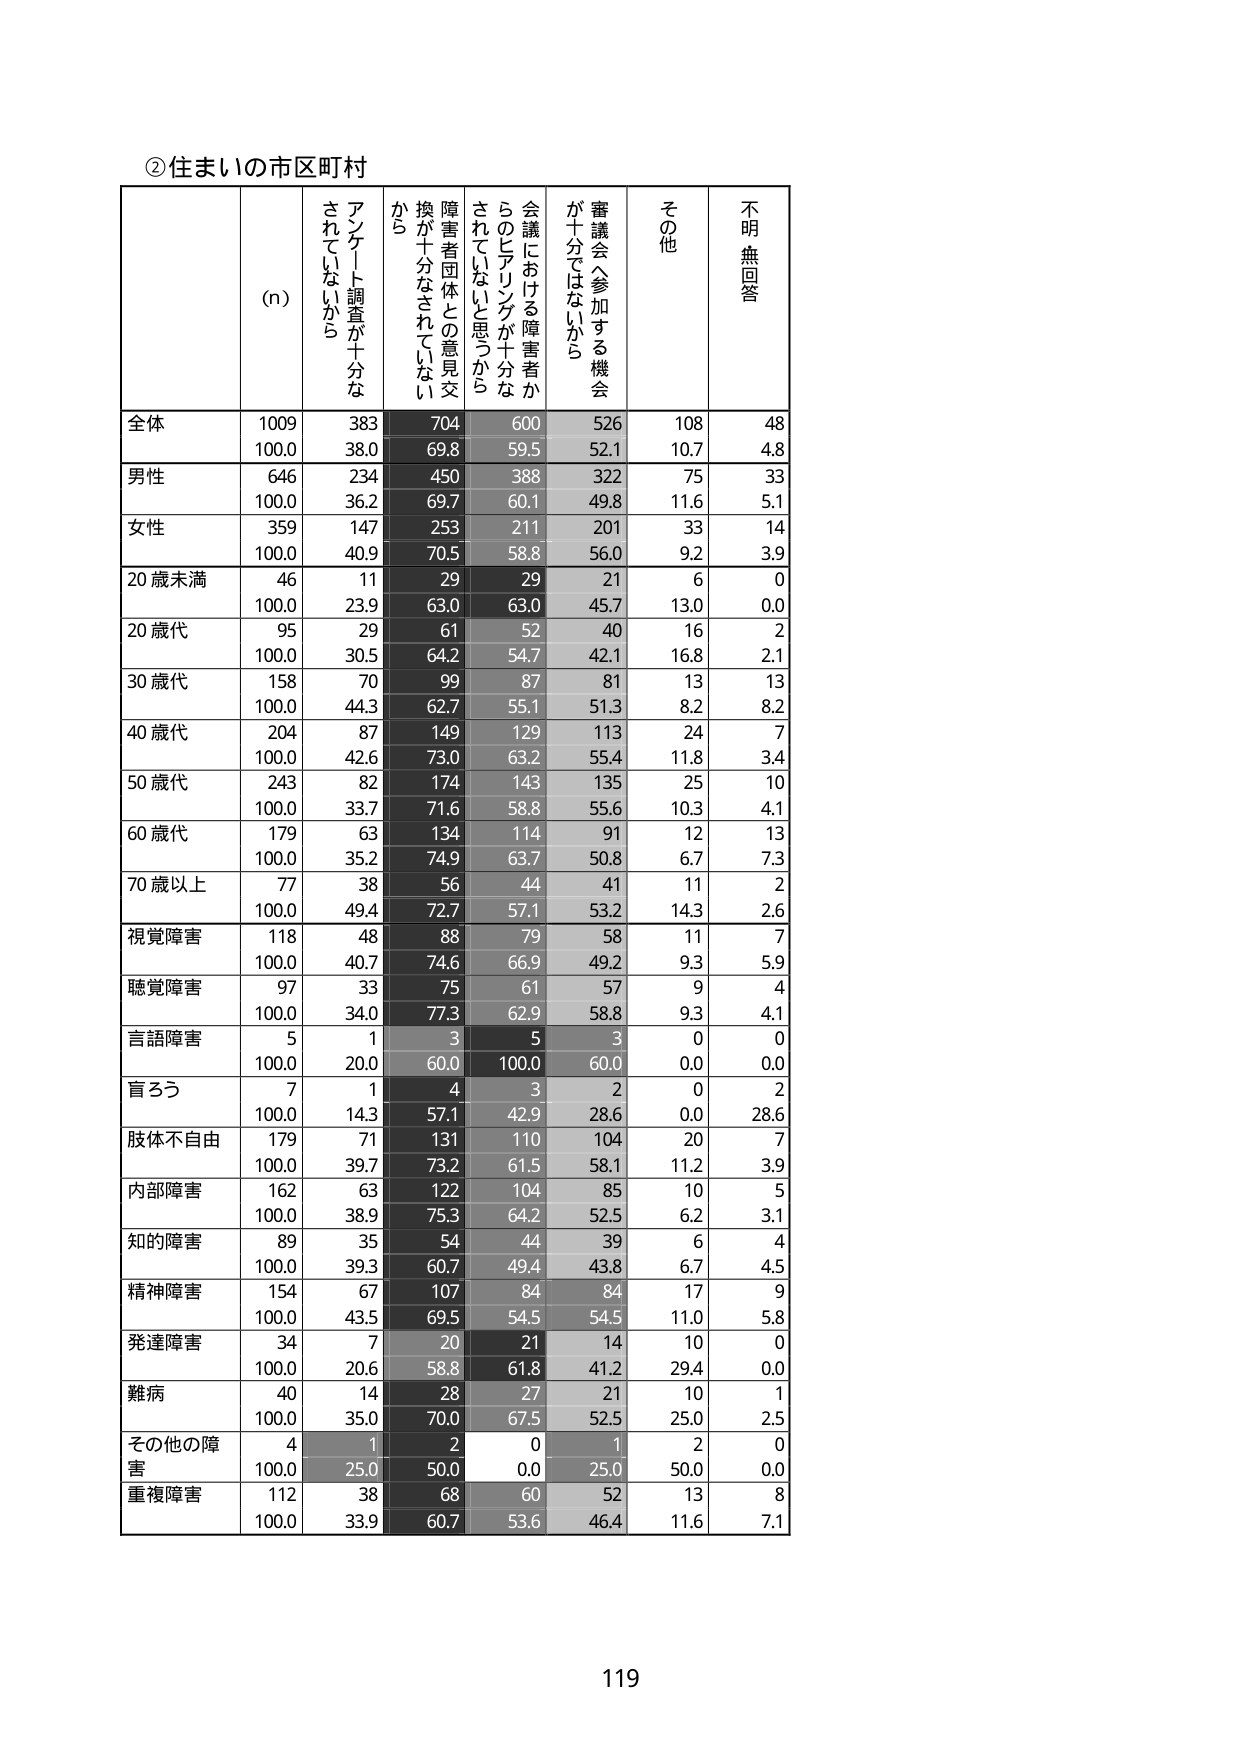
②住まいの市区町村

(n) アンケート調査が十分な されていないから 障害者団体との意見交換が十分なされていないから 会議における障害者からのヒアリングが十分なされていないと思うから 審議会へ参加する機会が十分ではないから その他 不明無回答

全体 1009 383 704 600 526 108 48
100.0 38.0 69.8 59.5 52.1 10.7 4.8

男性 646 234 450 388 322 75 33
100.0 36.2 69.7 60.1 49.8 11.6 5.1

女性 359 147 253 211 201 33 14
100.0 40.9 70.5 58.8 56.0 9.2 3.9

20歳未満 46 11 29 29 21 6 0
100.0 23.9 63.0 63.0 45.7 13.0 0.0

20歳代 95 29 61 52 40 16 2
100.0 30.5 64.2 54.7 42.1 16.8 2.1

30歳代 158 70 99 87 81 13 13
100.0 44.3 62.7 55.1 51.3 8.2 8.2

40歳代 204 87 149 129 113 24 7
100.0 42.6 73.0 63.2 55.4 11.8 3.4

50歳代 243 82 174 143 135 25 10
100.0 33.7 71.6 58.8 55.6 10.3 4.1

60歳代 179 63 134 114 91 12 13
100.0 35.2 74.9 63.7 50.8 6.7 7.3

70歳以上 77 38 56 44 41 11 2
100.0 49.4 72.7 57.1 53.2 14.3 2.6

視覚障害 118 48 88 79 58 11 7
100.0 40.7 74.6 66.9 49.2 9.3 5.9

聴覚障害 97 33 75 61 57 9 4
100.0 34.0 77.3 62.9 58.8 9.3 4.1

言語障害 5 1 3 5 3 0 0
100.0 20.0 60.0 100.0 60.0 0.0 0.0

盲ろう 7 1 4 3 2 0 2
100.0 14.3 57.1 42.9 28.6 0.0 28.6

肢体不自由 179 71 131 110 104 20 7
100.0 39.7 73.2 61.5 58.1 11.2 3.9

内部障害 162 63 122 104 85 10 5
100.0 38.9 75.3 64.2 52.5 6.2 3.1

知的障害 89 35 54 44 39 6 4
100.0 39.3 60.7 49.4 43.8 6.7 4.5

精神障害 154 67 107 84 84 17 9
100.0 43.5 69.5 54.5 54.5 11.0 5.8

発達障害 34 7 20 21 14 10 0
100.0 20.6 58.8 61.8 41.2 29.4 0.0

難病 40 14 28 27 21 10 1
100.0 35.0 70.0 67.5 52.5 25.0 2.5

その他の障害 4 1 2 0 1 2 0
100.0 25.0 50.0 0.0 25.0 50.0 0.0

重複障害 112 38 68 60 52 13 8
100.0 33.9 60.7 53.6 46.4 11.6 7.1

119